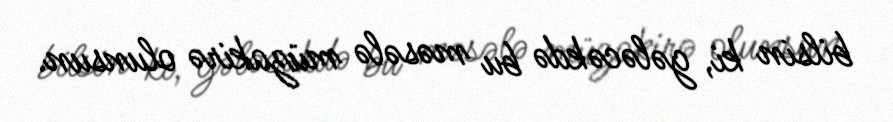
bilsin ki, gələcəkdə bu məsələ müzakirə olunsun.